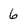
Character: 6